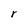
Character: r